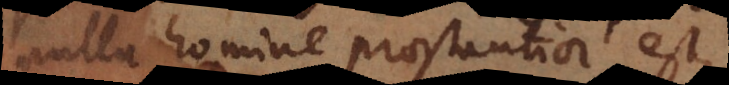
nulla homine praestantior est,